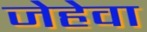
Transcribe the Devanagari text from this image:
जेहेवा